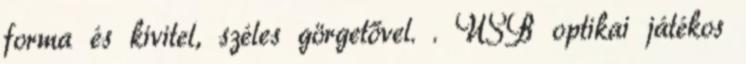
forma és kivitel, széles görgetővel. . USB optikai játékos